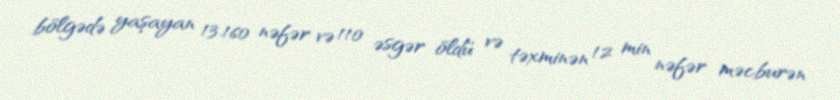
bölgədə yaşayan 13.160 nəfər və 110 əsgər öldü və təxminən 12 min nəfər məcburən